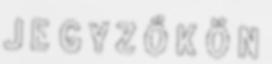
J E G Y Z Ő K Ö N